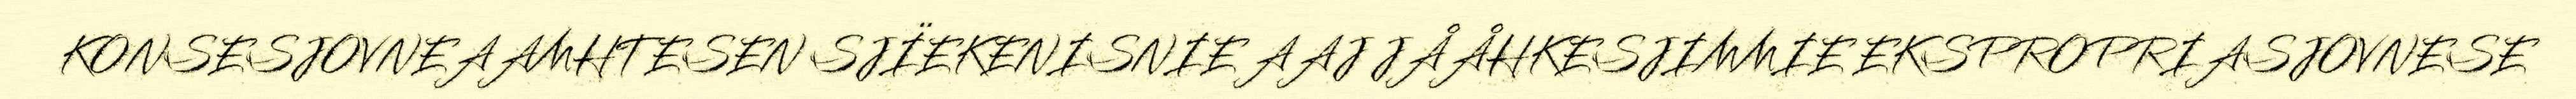
KONSESJOVNEAAMHTESEN SJÏEKENISNIE AAJ JÅÅHKESJIMMIE EKSPROPRIASJOVNESE